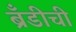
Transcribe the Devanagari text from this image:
ब्रँडीची